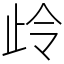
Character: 㱓